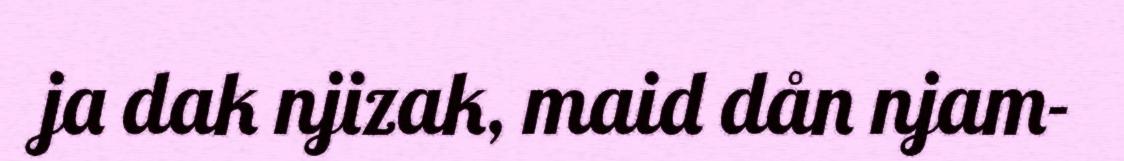
ja dak njizak, maid dån njam-